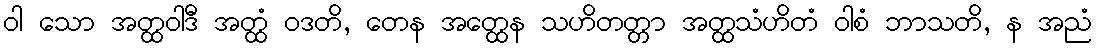
ဝါ သော အတ္ထဝါဒီ အတ္ထံ ဝဒတိ, တေန အတ္ထေန သဟိတတ္တာ အတ္ထသံဟိတံ ဝါစံ ဘာသတိ, န အညံ